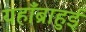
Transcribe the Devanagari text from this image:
यहाँब्राहुई